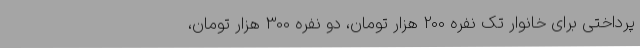
پرداختی برای خانوار تک نفره 200 هزار تومان، دو نفره 300 هزار تومان،